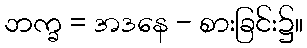
ဘက္ခ = အဒနေ - စားခြင်း၌။